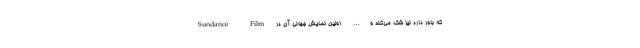
که باور دارد نیز شک می‌کند و… اولین نمایش جهانی آن در Sundance Film